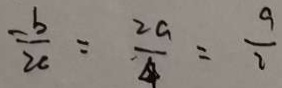
= \frac { b } { 2 c } = \frac { 2 a } { 4 } = \frac { 9 } { 2 }